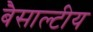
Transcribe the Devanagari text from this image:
बैसाल्टीय